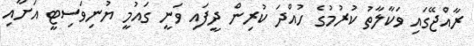
ރާއްޖޭގައި ވަކާލާތު ކުރުމުގެ ހުއްދަ ކުރިން ދީފައި ވަނީ ގައުމީ ޔުނިވަސިޓީ އަށާއި